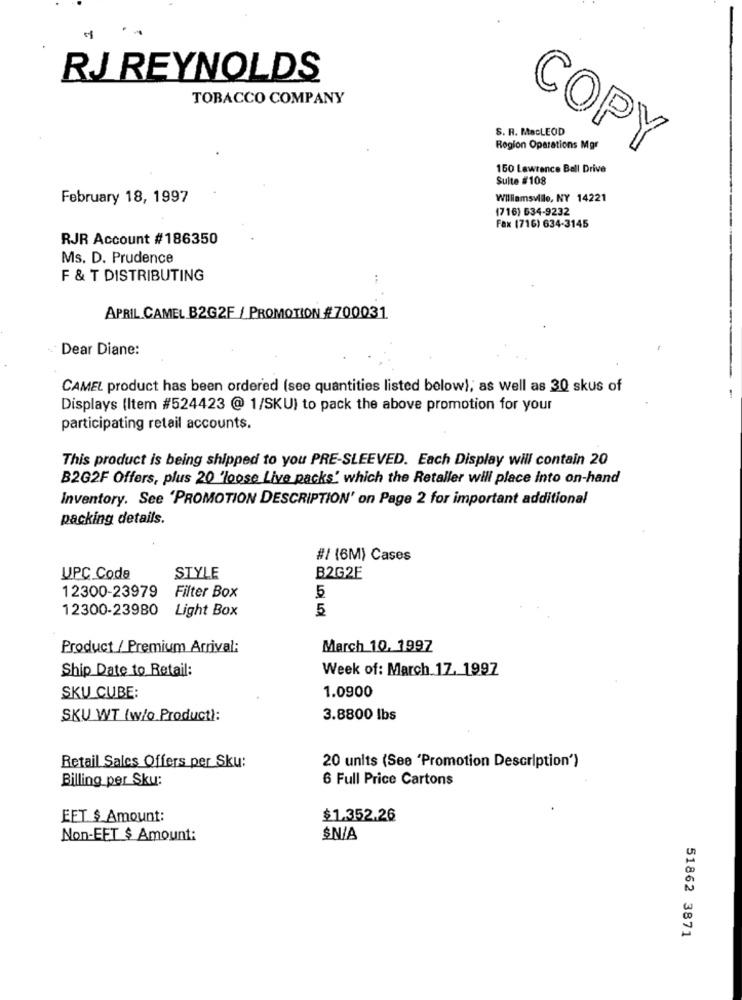
RJ REYNOLDS
TOBACCO COMPANY
S. R. MaCLEOD
Region Operations Mgr
COPY
150 Lawrence Bell Drive
Suite #108
February 18, 1997
Williamsville, NY 14221
(716) 534-9232
Fax (716) 634-3145
RJR Account #186350
Ms. D. Prudence
F & T DISTRIBUTING
APRIL CAMEL B2G2F / PROMOTION #700031
Dear Diane:
CAMEL product has been ordered (see quantities listed below), as well as 30 skus of
Displays (Item #524423 @ 1/SKU) to pack the above promotion for your
participating retail accounts.
This product is being shipped to you PRE-SLEEVED. Each Display will contain 20
B2G2F Offers, plus 20 'loose Live packs' which the Retailer will place into on-hand
Inventory. See 'PROMOTION DESCRIPTION' on Page 2 for important additional
packing details.
#/ (6M) Cases
UPC Code
STYLE
B2G2F
12300-23979
Filter Box
5
12300-23980 Light Box
5
Product / Premium Arrival:
March 10, 1997
Ship Date to Retail:
Week of: March 17. 1997
SKU CUBE:
1.0900
SKU WT (w/o.Product):
3.8800 lbs
Retail Sales Offers per Sku:
20 units (See 'Promotion Description')
Billing per Sku:
6 Full Price Cartons
EET $ Amount:
$1.352.26
Non-EFT $ Amount:
$N/A
51862 3871